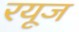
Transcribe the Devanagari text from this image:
रयूज